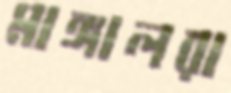
মাঙ্গালরা